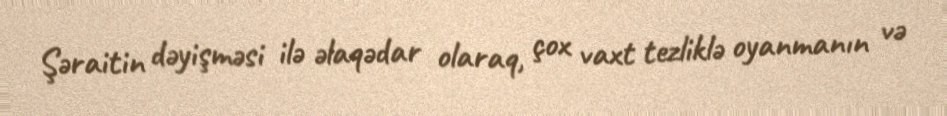
Şəraitin dəyişməsi ilə əlaqədar olaraq, çox vaxt tezliklə oyanmanın və